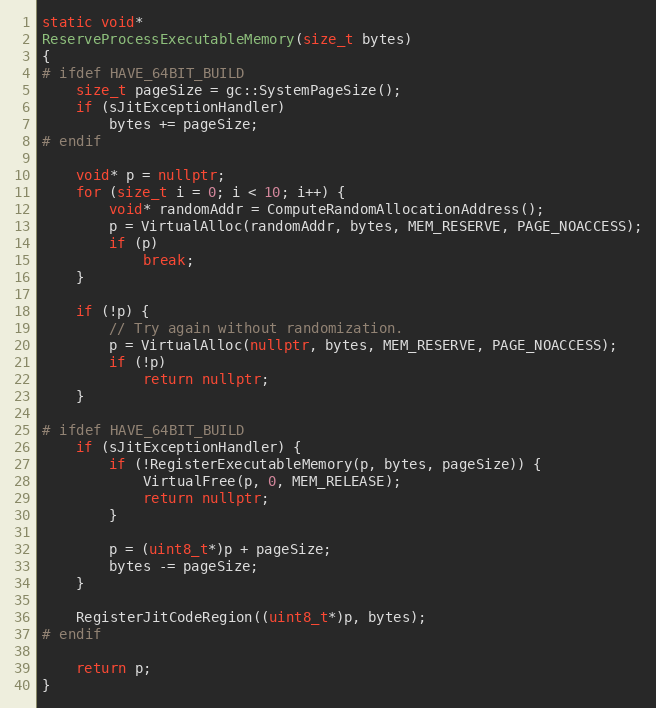
Language: C++
static void*
ReserveProcessExecutableMemory(size_t bytes)
{
# ifdef HAVE_64BIT_BUILD
    size_t pageSize = gc::SystemPageSize();
    if (sJitExceptionHandler)
        bytes += pageSize;
# endif

    void* p = nullptr;
    for (size_t i = 0; i < 10; i++) {
        void* randomAddr = ComputeRandomAllocationAddress();
        p = VirtualAlloc(randomAddr, bytes, MEM_RESERVE, PAGE_NOACCESS);
        if (p)
            break;
    }

    if (!p) {
        // Try again without randomization.
        p = VirtualAlloc(nullptr, bytes, MEM_RESERVE, PAGE_NOACCESS);
        if (!p)
            return nullptr;
    }

# ifdef HAVE_64BIT_BUILD
    if (sJitExceptionHandler) {
        if (!RegisterExecutableMemory(p, bytes, pageSize)) {
            VirtualFree(p, 0, MEM_RELEASE);
            return nullptr;
        }

        p = (uint8_t*)p + pageSize;
        bytes -= pageSize;
    }

    RegisterJitCodeRegion((uint8_t*)p, bytes);
# endif

    return p;
}